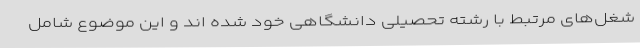
شغل‌های مرتبط با رشته تحصیلی دانشگاهی خود شده اند و این موضوع شامل